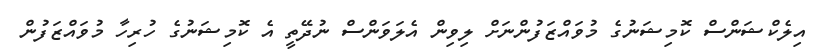
އިލެކްޝަންސް ކޮމިޝަނުގެ މުވައްޒަފުންނަށް ލިވިން އެލަވަންސް ނުދޭތީ އެ ކޮމިޝަނުގެ ހުރިހާ މުވައްޒަފުން